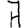
Digit: 7